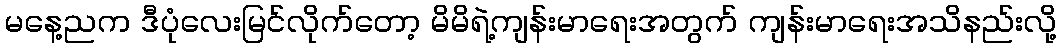
မနေ့ညက ဒီပုံလေးမြင်လိုက်တော့ မိမိရဲ့ကျန်းမာရေးအတွက် ကျန်းမာရေးအသိနည်းလို့